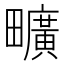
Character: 𤳱